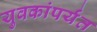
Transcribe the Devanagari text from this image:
युवकांपर्यंत